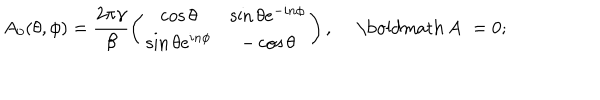
A _ { 0 } ( \theta , \phi ) = \frac { 2 \pi \gamma } { \beta } \left( \begin{matrix} { { \cos \theta } } & { { \sin \theta e ^ { - i n \phi } } } \\ { { \sin \theta e ^ { i n \phi } } } & { { - \cos \theta } } \\ \end{matrix} \right) , \ \mathrm { \boldmath ~ A ~ } = 0 ;